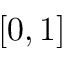
[ 0 , 1 ]